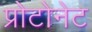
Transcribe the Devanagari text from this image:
प्रोटोनेट